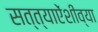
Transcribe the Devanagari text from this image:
सत्त्याऐंशीव्या